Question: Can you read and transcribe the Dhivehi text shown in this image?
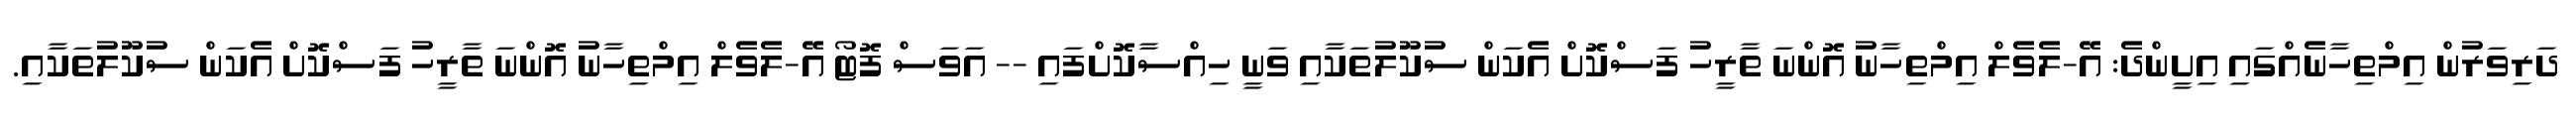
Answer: ދަރިވަރުން އިމްތިހާނެއްގައި އިށީންދެ: އޭ-ލެވެލް އިމްތިހާނު އޮންނަ ތާރީހު ފަސްކޮށް އެކަން ސުކޫލުތަކާއި ވަނީ ހިއްސާކޮށްފައި -- އަވަސް ފޮޓޯ އޭ-ލެވެލް އިމްތިހާނު އޮންނަ ތާރީހު ފަސްކޮށް އެކަން ސުކޫލުތަކާއި.